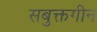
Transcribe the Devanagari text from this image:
सबुक्तगीन